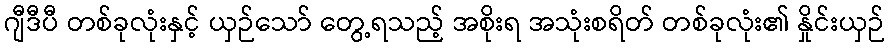
ဂျီဒီပီ တစ်ခုလုံးနှင့် ယှဉ်သော် တွေ့ရသည့် အစိုးရ အသုံးစရိတ် တစ်ခုလုံး၏ နှိုင်းယှဉ်